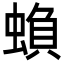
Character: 蝜